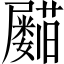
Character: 𡳵